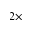
2 \times